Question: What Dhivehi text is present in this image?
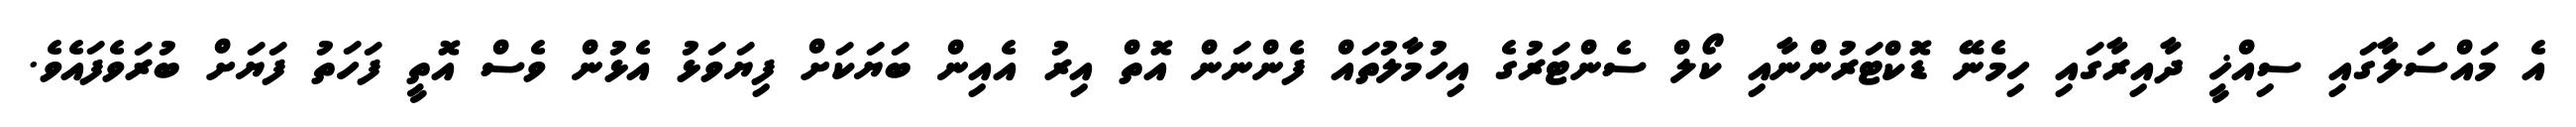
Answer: އެ މައްސަލާގައި ސިއްޚީ ދާއިރާގައި ހިމެނޭ ޑޮކްޓަރުންނާއި ކޯލް ސެންޓަރުގެ އިހުމާލުތައް ފެންނަން އޮތް އިރު އެއިން ބަޔަކަށް ފިޔަވަޅު އެޅުން ވެސް އޮތީ ފަހަތު ފަޔަށް ބުރަވެފައެވެ.